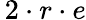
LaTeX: \, 2\cdot r\cdot e